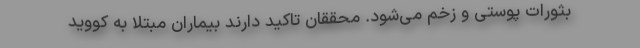
بثورات پوستی و زخم می‌شود. محققان تاکید دارند بیماران مبتلا به کووید